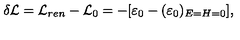
\delta { \cal L } = { \cal L } _ { r e n } - { \cal L } _ { 0 } = - [ \varepsilon _ { 0 } - ( \varepsilon _ { 0 } ) _ { E = H = 0 } ] ,